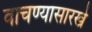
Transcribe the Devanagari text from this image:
वाचण्यासारखे